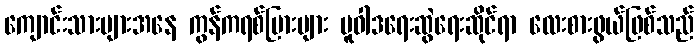
ကျောင်းသားများအနေ ကွန်ကရစ်ပြားများ မူဝါဒရေးဆွဲရေးဆိုင်ရာ လေးစားဖွယ်ဖြစ်သည်